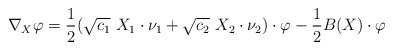
\begin{align*}\nabla_X \varphi = \frac{1}{2} (\sqrt{c_1}\ X_1 \cdot \nu_1 + \sqrt{c_2}\ X_2 \cdot \nu_2)\cdot\varphi - \frac{1}{2}B(X)\cdot \varphi\end{align*}